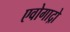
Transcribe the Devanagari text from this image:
एवोगाद्रो